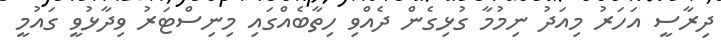
ދިރާސީ އަހަރު މިއަދު ނިމުމާ ގުޅިގެން ދެއްވި ހިތާބެއްގައި މިނިސްޓަރު ވިދާޅުވީ ގައުމީ